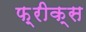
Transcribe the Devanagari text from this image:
फ़्रीक्स